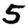
Digit: 5